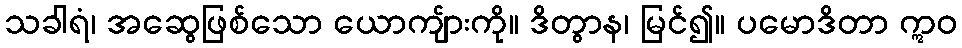
သခါရံ၊ အဆွေဖြစ်သော ယောကျ်ားကို။ ဒိတွာန၊ မြင်၍။ ပမောဒိတာ ဣဝ